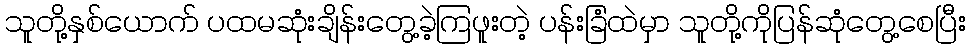
သူတို့နှစ်ယောက် ပထမဆုံးချိန်းတွေ့ခဲ့ကြဖူးတဲ့ ပန်းခြံထဲမှာ သူတို့ကိုပြန်ဆုံတွေ့စေပြီး